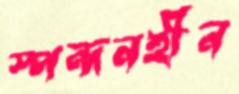
স্পন্দনহীন